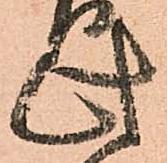
此